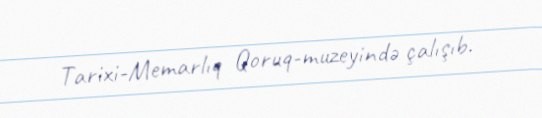
Tarixi-Memarlıq Qoruq-muzeyində çalışıb.